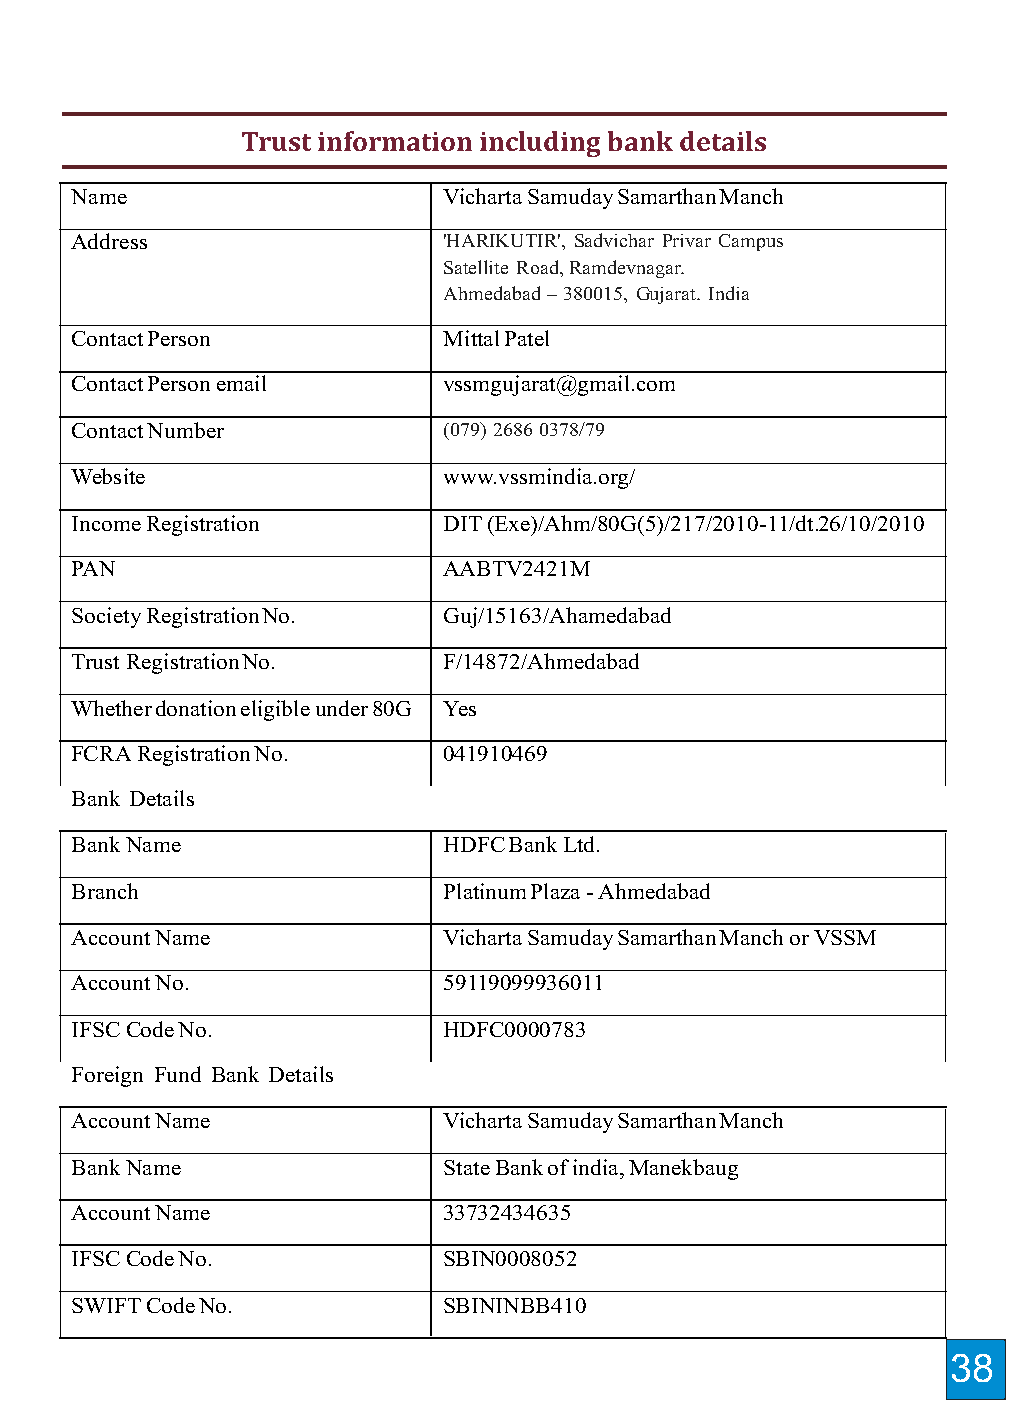
Media Coverage
 Trust information including bank details
 Name                    VichartaSamudaySamarthanManch
 Address                 'HARIKUTIR', Sadvichar Privar Campus
 Satellite Road,Ramdevnagar.
 Ahmedabad –380015, Gujarat. India
 ContactPerson           MittalPatel
 ContactPersonemail      vssmgujarat@gmail.com
 ContactNumber           (079)26860378/79
 Website                 www.vssmindia.org/
 IncomeRegistration      DIT(Exe)/Ahm/80G(5)/217/2010-11/dt.26/10/2010
 PAN                     AABTV2421M
 SocietyRegistrationNo.  Guj/15163/Ahamedabad
 TrustRegistrationNo.    F/14872/Ahmedabad
 Whetherdonationeligibleunder80G Yes
 FCRARegistrationNo.     041910469
 Bank Details
 BankName                HDFCBankLtd.
 Branch                  PlatinumPlaza-Ahmedabad
 AccountName             VichartaSamudaySamarthanManchorVSSM
 AccountNo.              59119099936011
 IFSCCodeNo.             HDFC0000783
 Foreign Fund Bank Details
 AccountName             VichartaSamudaySamarthanManch
 BankName                StateBankofindia,Manekbaug
 AccountName             33732434635
 IFSCCodeNo.             SBIN0008052
 SWIFTCodeNo.            SBININBB410
 37                                                             38